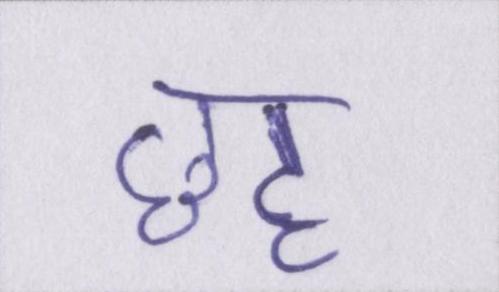
छह